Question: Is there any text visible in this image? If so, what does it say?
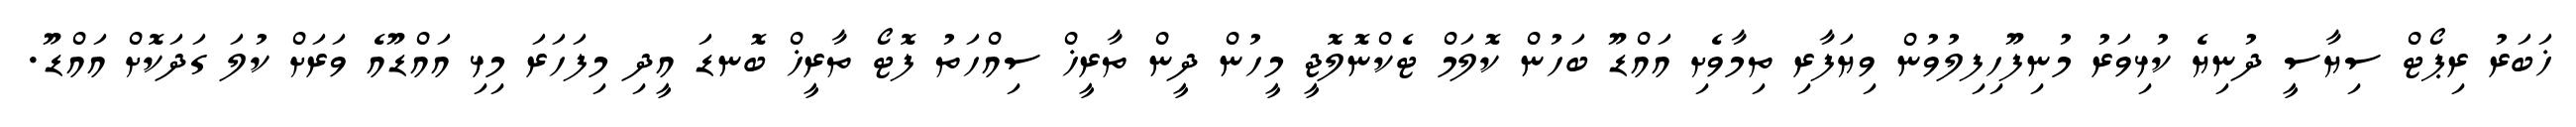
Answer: ޚަބަރު ރިޕޯޓް ސިޔާސީ ދުނިޔެ ކުޅިވަރު މުނިފޫހިފިލުވުން ވިޔަފާރި ތިމާވެށި އައްޑޫ ބަހުން ކޮލަމް ޓެކްނޮލޮޖީ މީހުން ދީން ތާރީޚް ސިއްހަތު ފޮޓޯ ތާރީޚް ބޮނޑަ އީދި މިފަހަރަ މިޅި އައްޑޫއެ ވަރަށް ކުލަ ގަދަކޮށް އައްޑޫ.